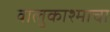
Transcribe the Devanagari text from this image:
वालुकाश्माचा